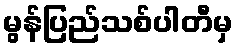
မွန်ပြည်သစ်ပါတီမှ